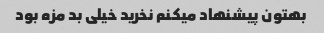
بهتون پیشنهاد میکنم نخرید خیلی بد مزه بود